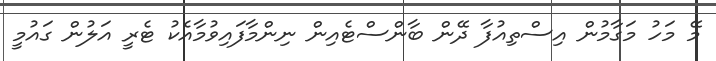
މޭ މަހު މަގާމުން އިސްތިއުފާ ދޭން ބާންސްޓެއިން ނިންމާފައިވުމާއެކު ޓެރީ އަލުން ގައުމީ